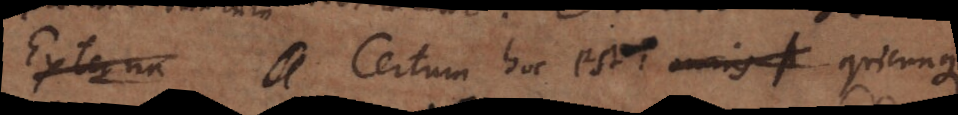
Externa Certum hoc est: quicunque